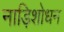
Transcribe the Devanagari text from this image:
नाड़िशोधन